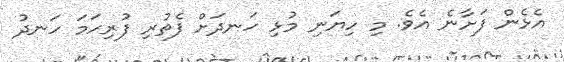
އެޅެން ފަށާނެ އެވެ. މި ހިޔަނި މުޅި ހަނދަށް ފެތުރި ފުރިހަމަ ހަނދު